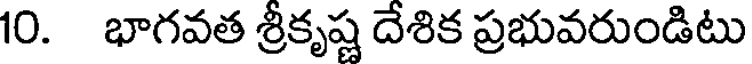
10. భాగవత శ్రీకృష్ణ దేశిక ప్రభువరుండిటు